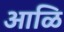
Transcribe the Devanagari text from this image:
आळि